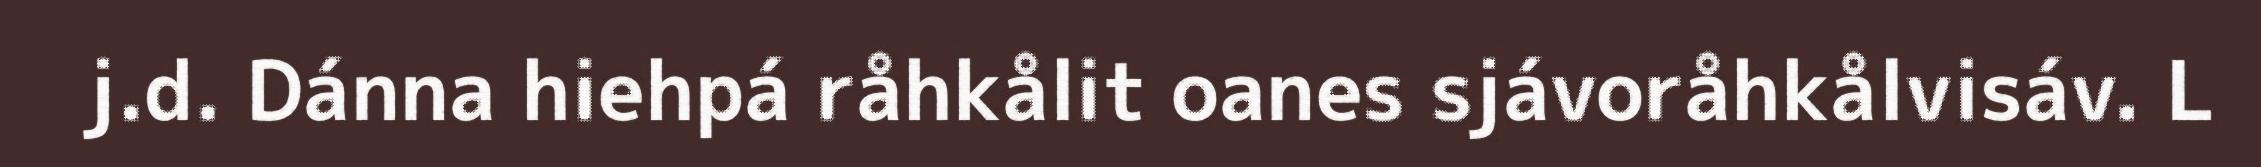
j.d. Dánna hiehpá råhkålit oanes sjávoråhkålvisáv. L